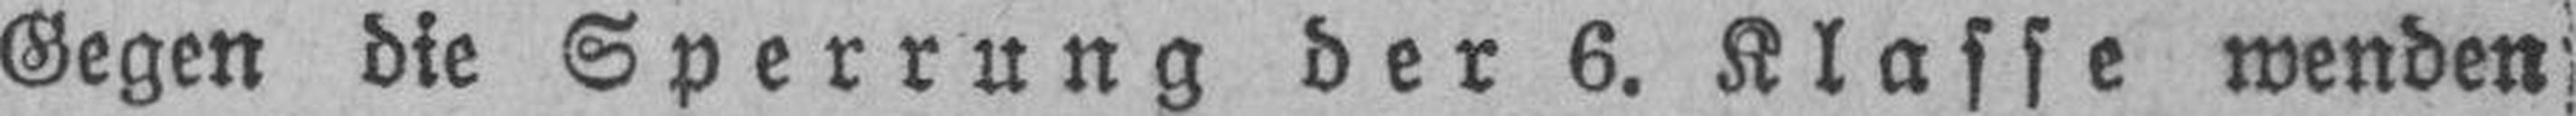
Gegen die Sperrung der 6. Klasse wenden